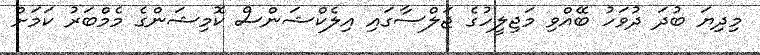
މިދިޔަ ބުދަ ދުވަހު ބޭއްވި މަޖިލީހުގެ ޖަލްސާގައި އިލެކްޝަންސް ކޮމިޝަންގެ މެމްބަރު ކަމަށް